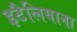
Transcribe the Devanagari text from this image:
इटैलियाना